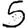
Digit: 5